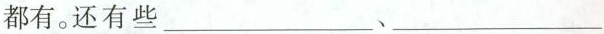
都有。还有些___、___